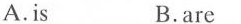
A.is B.are